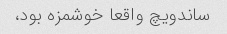
ساندویچ واقعا خوشمزه بود،